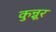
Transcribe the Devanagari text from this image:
कुन्नूर